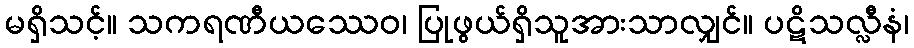
မရှိသင့်။ သကရဏီယဿေဝ၊ ပြုဖွယ်ရှိသူအားသာလျှင်။ ပဋိသလ္လီနံ၊